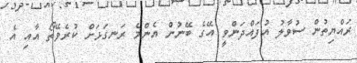
ރައްޔިތުން ސުވާލު އުފައްދަންވީ އޭގެ ބޭނުން އެންމެ ރަނގަޅަށް ކުރެވޭތޯ އާއި އެ